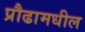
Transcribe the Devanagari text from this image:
प्रौढामधील